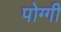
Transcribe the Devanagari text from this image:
पोग्गी